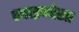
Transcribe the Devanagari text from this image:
स्पाइनोसा